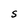
Character: S